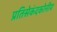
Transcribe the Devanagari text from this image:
प्रतिसेकंदकोनीय